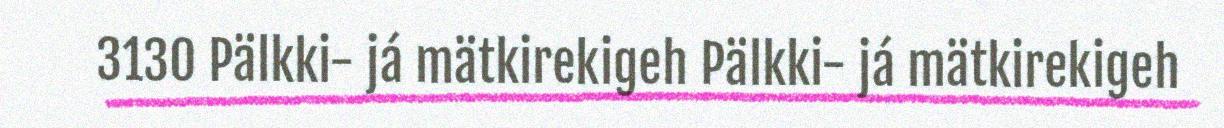
3130 Pälkki- já mätkirekigeh Pälkki- já mätkirekigeh